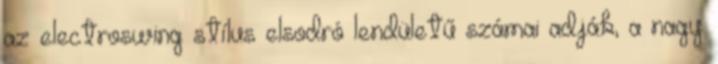
az electroswing stílus elsodró lendületű számai adják, a nagy